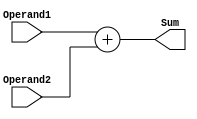
`timescale 1ns / 1ps
//////////////////////////////////////////////////////////////////////////////////
// Company: 
// Engineer: 
// 
// Design Name: 
// Module Name:    Adder_16bit 
// Project Name: 
// Target Devices: 
// Tool versions: 
// Description: 
//
// Dependencies: 
//
// Revision: 
// Revision 0.01 - File Created
// Additional Comments: 
//
//////////////////////////////////////////////////////////////////////////////////
module Adder_16bit(
	input [15:0] Operand1,
	input [15:0] Operand2,
	output [15:0] Sum
    );

assign Sum = Operand1 + Operand2;

endmodule